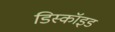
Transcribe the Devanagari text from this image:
डिस्कॉइड